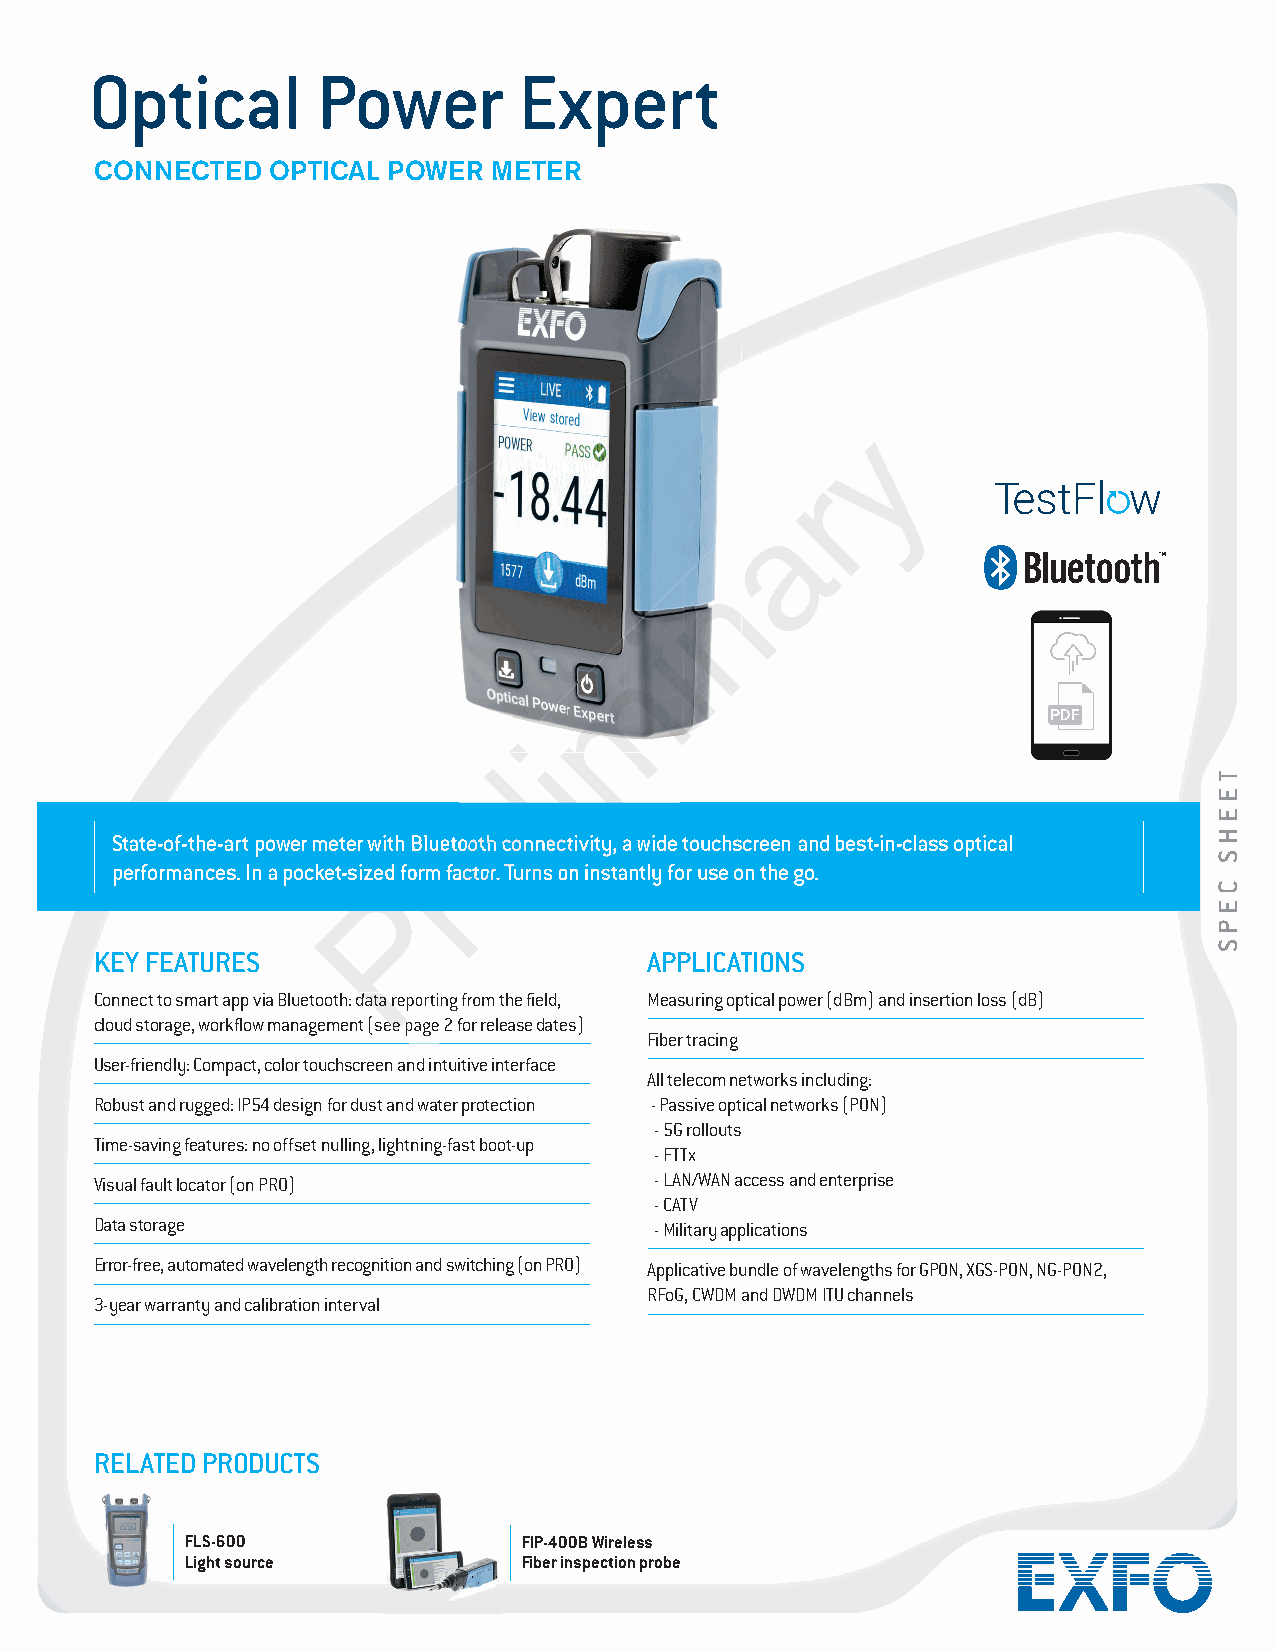
Optical        Power        Expert
 CONNECTED   OPTICAL POWER  METER
 yyyyyyyyyy
 rrrrrrrrrr
 aaaaaaaaaa
 nnnnnnnnnn
 iiiiiiiiii
 mmmmmmmmmm
 PDF
 iiiiiiiiii
 llllllllll
 eeeeeeeeee
 SSStttaaattteee---ooofff---ttthhheee---aaarrrttt pppooowwweeerrr mmmeeettteeerrr wwwiiittthhh BBBllluuueeetttoooooottthhh cccooonnnnnneeeccctttiiivvviiitttyyy,,, aaa wwwiiidddeee tttooouuuccchhhssscccrrreeeeeennn aaannnddd bbbeeesssttt---iiinnn---ccclllaaassssss oooppptttiiicccaaalll
 rrrrrrrrrr
 pppeeerrrfffooorrrmmmaaannnccceeesss... IIInnn aaa pppoooccckkkeeettt---sssiiizzzeeeddd fffooorrrmmm fffaaaccctttooorrr... TTTuuurrrnnnsss ooonnn iiinnnssstttaaannntttlllyyy fffooorrr uuussseee ooonnn ttthhheee gggooo...
 PPPPPPPPPP
 KEY FEATURES                         APPLICATIONS
 CCCooonnnnnneeecccttt tttooo sssmmmaaarrrttt aaapppppp vvviiiaaa BBBllluuueeetttoooooottthhh::: dddaaatttaaa rrreeepppooorrrtttiiinnnggg fffrrrooommm ttthhheee fffiiieeelllddd,,, Measuring optical power (dBm) and insertion loss (dB)
 ccclllooouuuddd ssstttooorrraaagggeee,,, wwwooorrrkkkffflllooowww mmmaaannnaaagggeeemmmeeennnttt (((ssseeeeee pppaaagggeee 222 fffooorrr rrreeellleeeaaassseee dddaaattteeesss)))
 Fiber tracing
 UUUssseeerrr---fffrrriiieeennndddlllyyy::: CCCooommmpppaaacccttt,,, cccooolllooorrr tttooouuuccchhhssscccrrreeeeeennn aaannnddd iiinnntttuuuiiitttiiivvveee iiinnnttteeerrrfffaaaccceee
 All telecom networks including:
 Robust and rugged: IP54 design for dust and water protection - Passive optical networks (PON)
 - 5G rollouts
 Time-saving features: no offset nulling, lightning-fast boot-up
 - FTTx
 Visual fault locator (on PRO)        - LAN/WAN access and enterprise
 - CATV
 Data storage                         - Military applications
 Error-free, automated wavelength recognition and switching (on PRO) Applicative bundle of wavelengths for GPON, XGS-PON, NG-PON2,
 RFoG, CWDM and DWDM ITU channels
 3-year warranty and calibration interval
 RELATED PRODUCTS
 FLS-600                FIP-400B Wireless
 Light source           Fiber inspection probe
 TEEHS
 CEPS